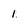
Character: 1